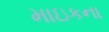
માઇકના